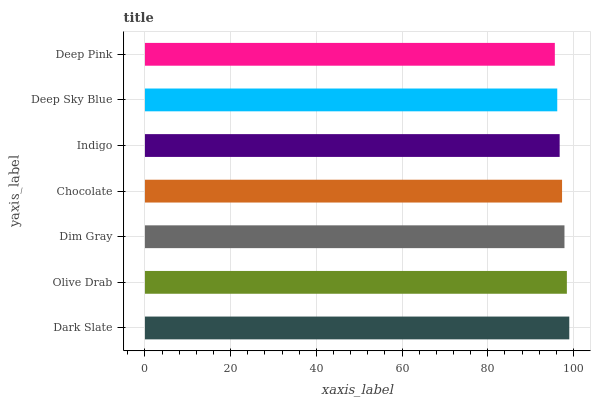
| yaxis_label | bars |
 | --- | --- |
 | Dark Slate | 99 |
 | Olive Drab | 98.4 |
 | Dim Gray | 97.9 |
 | Chocolate | 97.3 |
 | Indigo | 96.8 |
 | Deep Sky Blue | 96.2 |
 | Deep Pink | 95.6 |